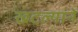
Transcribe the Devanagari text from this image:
खटल्याने